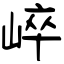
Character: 崪